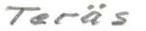
Teräs